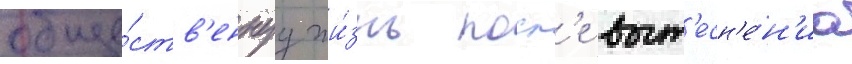
обще́ств'еннуу жи́знь посл'е выт'есн'е́н'иа